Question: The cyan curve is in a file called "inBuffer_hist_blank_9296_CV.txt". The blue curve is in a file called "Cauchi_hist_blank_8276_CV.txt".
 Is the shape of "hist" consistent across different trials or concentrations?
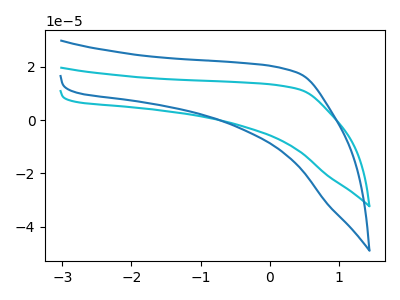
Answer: <think>The cyan curve "hist_blank1" has no peaks. The blue curve "hist_blank2" has no peaks.
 Neither "hist_blank1" or "hist_blank2" have any peaks.</think>
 <answer>All the CV's of "hist" have similar shape.</answer>
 <eval>follow_rule</eval>